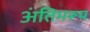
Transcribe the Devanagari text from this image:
अंतिमरूप